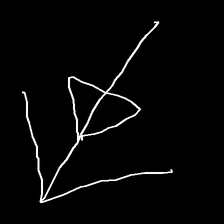
Glyph: pull